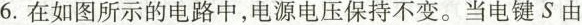
6.在如图所示的电路中，电源电压保持不变。当电键S由